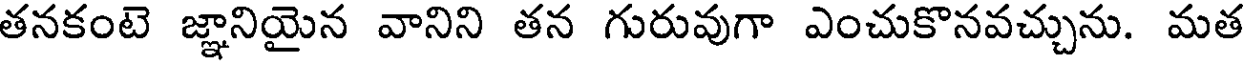
తనకంటె జ్ఞానియైన వానిని తన గురువుగా ఎంచుకొనవచ్చును. మత